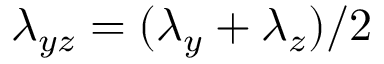
\lambda _ { y z } = ( \lambda _ { y } + \lambda _ { z } ) / 2